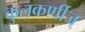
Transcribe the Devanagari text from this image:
कुलकर्णीज्